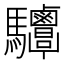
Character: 𩧤